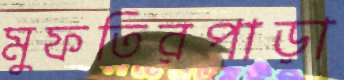
মুফতিরপাড়া